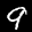
Label: 9